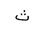
Letter: _tha